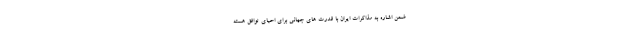
ضمن اشاره به مذاکرات ایران با قدرت های جهانی برای احیای توافق هسته